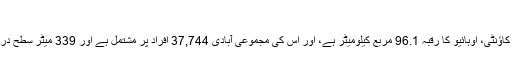
[3]
جیکسن ٹاؤنشپ، سٹارک کاؤنٹی، اوہائیو کا رقبہ 96.1 مربع کیلومیٹر ہے، اور اس کی مجموعی آبادی 37,744 افراد پر مشتمل ہے اور 339 میٹر سطح دریا سے بلندی پر واقع ہے۔